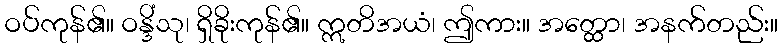
ဝပ်ကုန်၏။ ဝန္ဒိံသု၊ ရှိခိုးကုန်၏။ ဣတိအယံ၊ ဤကား။ အတ္ထော၊ အနက်တည်း။